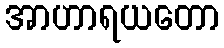
အာဟာရယတော